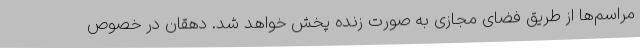
مراسم‌ها از طریق فضای مجازی به صورت زنده پخش خواهد شد. دهقان در خصوص